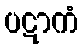
ပဋာကံ